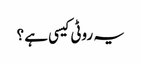
یہ روٹی کیسی ہے ؟